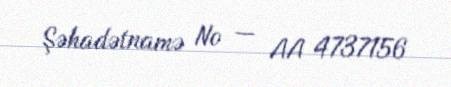
Şəhadətnamə № — AA 4737156